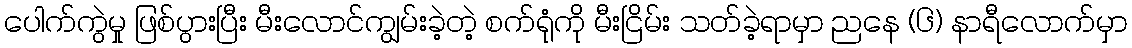
ပေါက်ကွဲမှု ဖြစ်ပွားပြီး မီးလောင်ကျွမ်းခဲ့တဲ့ စက်ရုံကို မီးငြိမ်း သတ်ခဲ့ရာမှာ ညနေ (၆) နာရီလောက်မှာ